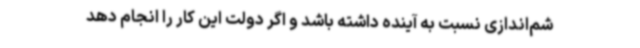
شم‌اندازی نسبت به آینده داشته باشد و اگر دولت این کار را انجام دهد